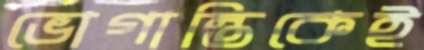
ভোগান্তিকেই